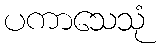
ပကာသေသုံ